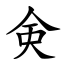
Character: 㑒